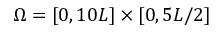
\Omega = [ 0 , 1 0 L ] \times [ 0 , 5 L / 2 ]